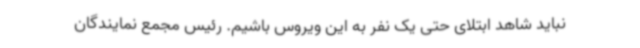
نباید شاهد ابتلای حتی یک نفر به این ویروس باشیم. رئیس مجمع نمایندگان